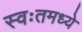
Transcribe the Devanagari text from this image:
स्वःतमध्ये